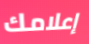
إعلامك